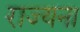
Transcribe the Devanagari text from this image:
राज्यना